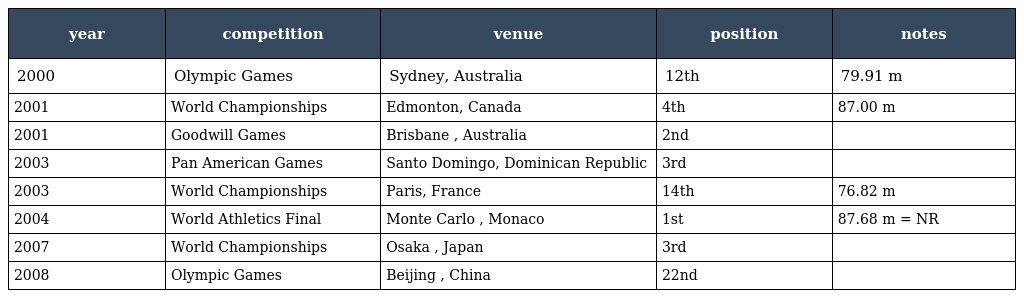
| year | competition | venue | position | notes |
 | --- | --- | --- | --- | --- |
 | 2000 | Olympic Games | Sydney, Australia | 12th | 79.91 m |
 | 2001 | World Championships | Edmonton, Canada | 4th | 87.00 m |
 | 2001 | Goodwill Games | Brisbane , Australia | 2nd |  |
 | 2003 | Pan American Games | Santo Domingo, Dominican Republic | 3rd |  |
 | 2003 | World Championships | Paris, France | 14th | 76.82 m |
 | 2004 | World Athletics Final | Monte Carlo , Monaco | 1st | 87.68 m = NR |
 | 2007 | World Championships | Osaka , Japan | 3rd |  |
 | 2008 | Olympic Games | Beijing , China | 22nd |  |